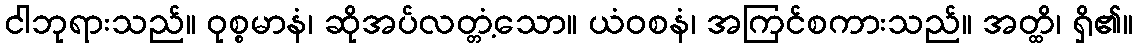
ငါဘုရားသည်။ ဝုစ္စမာနံ၊ ဆိုအပ်လတ္တံ့သော။ ယံဝစနံ၊ အကြင်စကားသည်။ အတ္ထိ၊ ရှိ၏။